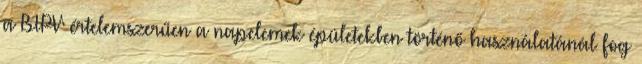
a BIPV értelemszerűen a napelemek épületekben történő használatánál fog